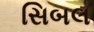
સિબલ